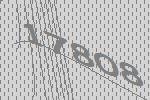
17808